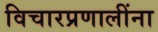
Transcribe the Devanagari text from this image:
विचारप्रणालींना